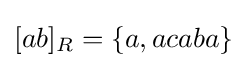
[ab]_{R}=\{a,acaba\}